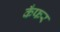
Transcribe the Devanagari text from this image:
कँफर